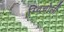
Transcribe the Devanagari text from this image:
ग्विचोली